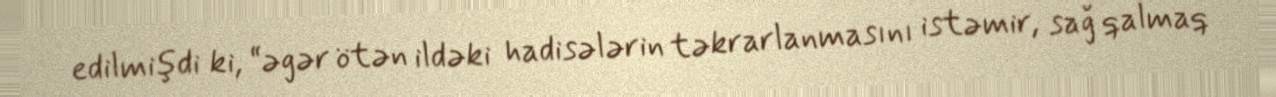
edilmişdi ki, “əgər ötən ildəki hadisələrin təkrarlanmasını istəmir, sağ qalmaq